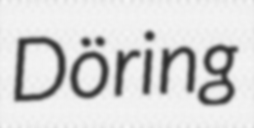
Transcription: Döring